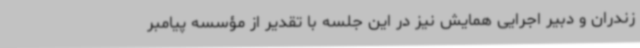
زندران و دبیر اجرایی همایش نیز در این جلسه با تقدیر از مؤسسه پیامبر